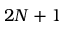
2 N + 1